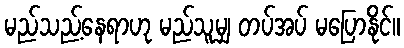
မည်သည့်နေရာဟု မည်သူမျှ တပ်အပ် မပြောနိုင်။